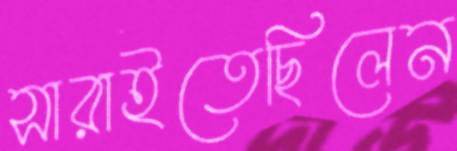
সারাইতেছিলেন